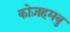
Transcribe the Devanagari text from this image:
कोज़हमबु